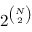
2 ^ { \binom { N } { 2 } }